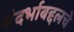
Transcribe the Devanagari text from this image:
संदर्भाबद्दलचे